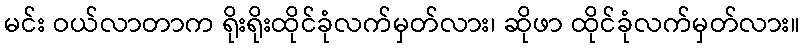
မင်း ဝယ်လာတာက ရိုးရိုးထိုင်ခုံလက်မှတ်လား၊ ဆိုဖာ ထိုင်ခုံလက်မှတ်လား။